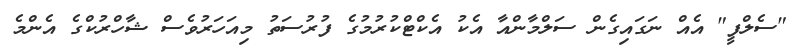
"ސެލްފީ" އެއް ނަގައިގެން ސަލްމާންއާ އެކު އެކްޓްކުރުމުގެ ފުރުސަތު މިއަހަރުވެސް ޝާހްރުކްގެ އެންމެ